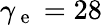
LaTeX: \gamma_{\mathrm{~e~}}=28